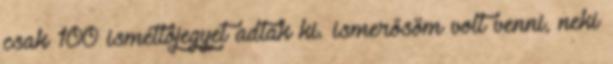
csak 100 ismétlőjegyet adtak ki. ismerősöm volt venni, neki